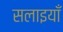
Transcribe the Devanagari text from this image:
सलाइयाँ